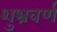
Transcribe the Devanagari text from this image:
शुभ्रवर्ण